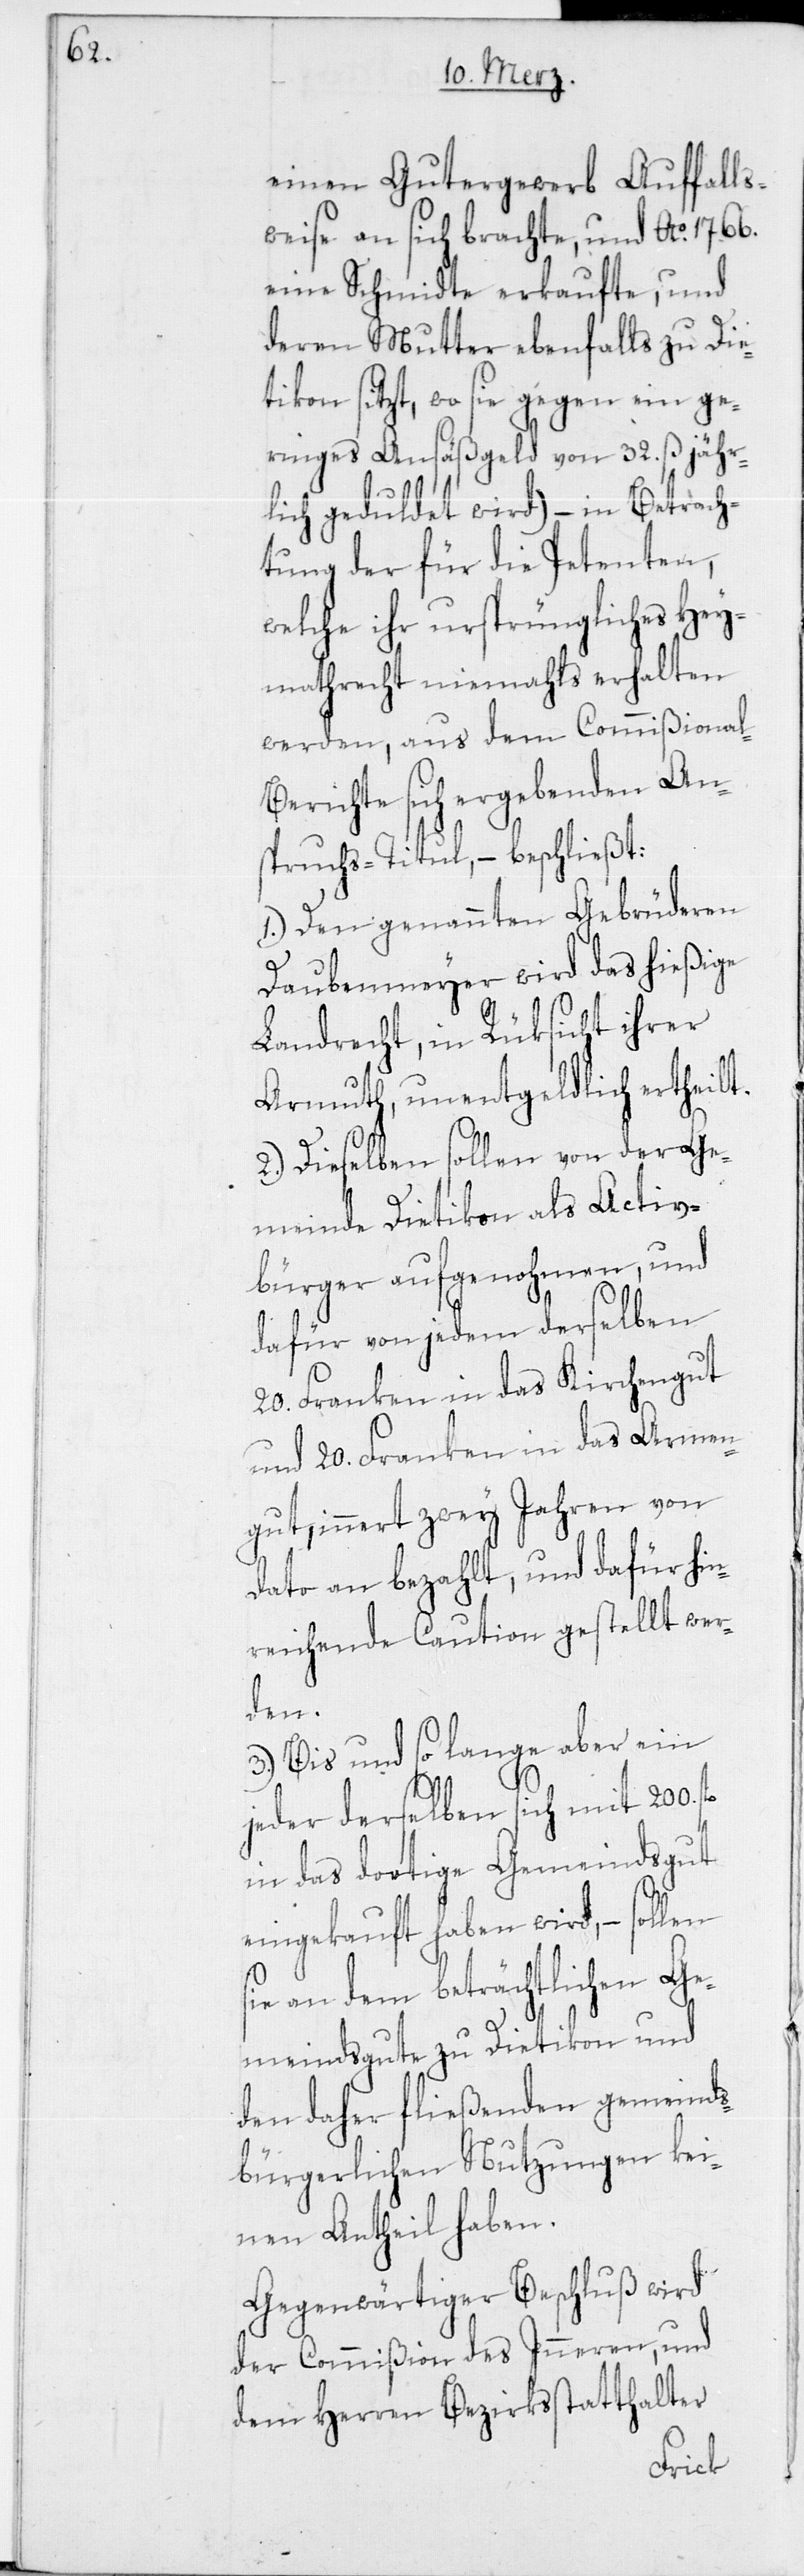
einen Gutergewerb Auffalls¬
weise an sich brachte, und Ao. 1766.
eine Schmidte erkaufte, und
deren Mutter ebenfalls zu Die¬
tikon sitzt, wo sie gegen ein ge¬
ringes Ansäßgeld von 32. ß jähr¬
lich geduldet wird) – in Betrach¬
tung der für die Petenten,
welche ihr ursprüngliches Hey¬
mathrecht niemahls erhalten
werden, aus dem Commißional-B¬
erichte sich ergebenden An¬
spruchs-Titul, – beschließt:
1.) Den genannten Gebrüderen
Daubenmeyer wird das hießige
Landrecht, in Rüksicht ihrer
Armuth, unentgeldlich ertheilt.
2.) Dieselben sollen von der Ge¬
meinde Dietikon als Activ¬
bürger aufgenohmen, und
dafür von jedem derselben
20. Franken in das Kirchengut
und 20. Franken in das Armen¬
gut, innert zwey Jahren von
dato an bezahlt, und dafür hin¬
reichende Caution gestellt wer¬
den.
3.) Bis und solange aber ein
jeder derselben sich mit 200.
in das dortige Gemeindsgut
eingekauft haben wird, – sollen
an dem beträchtlichen Ge¬
meindsgute zu Dietikon und
den daher fließenden gemeinds¬
bürgerlichen Nutzungen kei¬
nen Antheil haben.
Gegenwärtiger Beschluß wird
der Commißion des Inneren, und
dem Herren Bezirksstatthalter